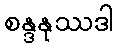
စန္ဒနုဿဒါ